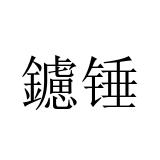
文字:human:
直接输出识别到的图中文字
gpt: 鑢锤